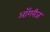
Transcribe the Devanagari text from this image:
ऑगरीज